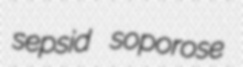
sepsid soporose